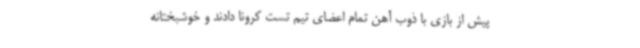
پیش از بازی با ذوب آهن تمام اعضای تیم تست کرونا دادند و خوشبختانه